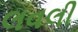
લવલી